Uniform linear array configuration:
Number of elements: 4
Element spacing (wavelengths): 0.25
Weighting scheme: uniform
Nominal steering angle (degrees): -60
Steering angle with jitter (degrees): -60.164
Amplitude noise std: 0.05
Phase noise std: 0.05

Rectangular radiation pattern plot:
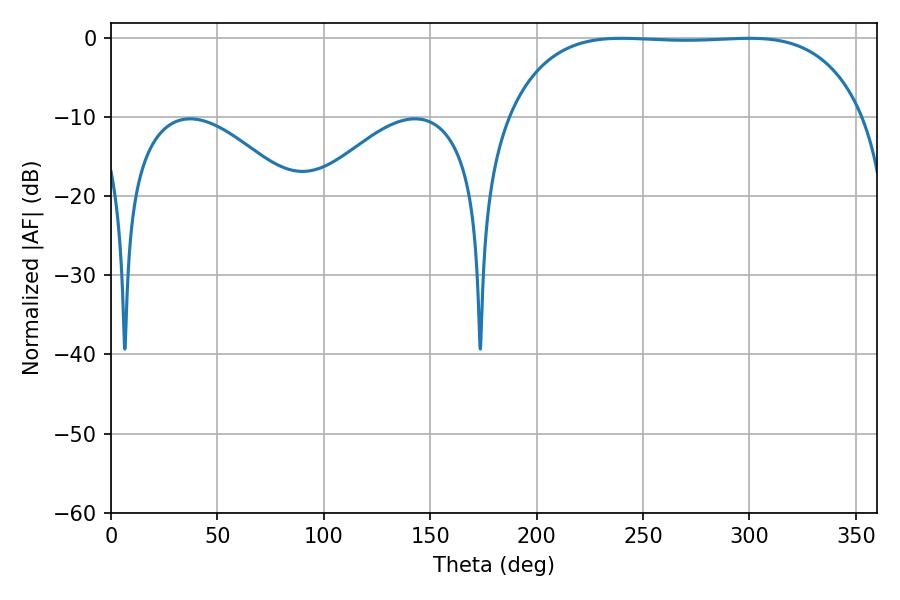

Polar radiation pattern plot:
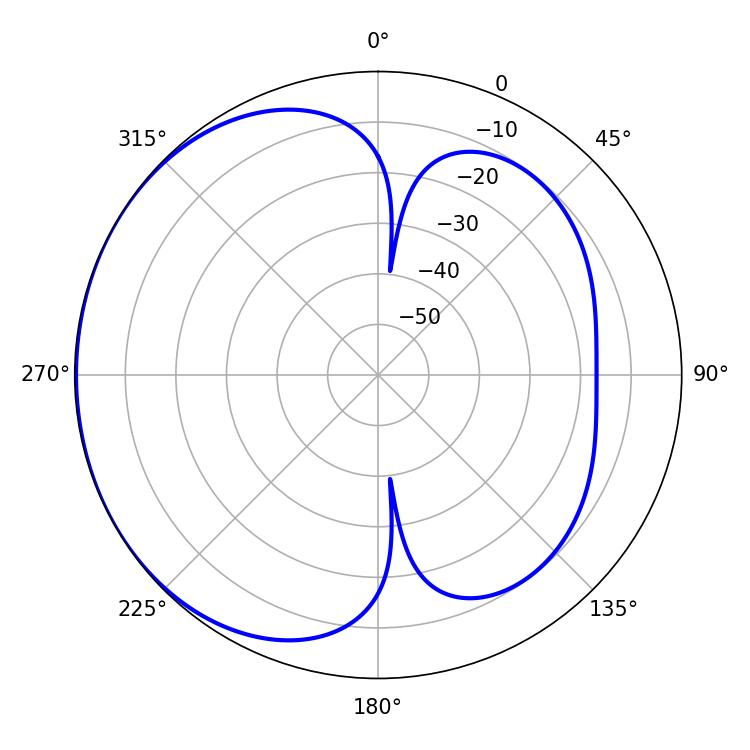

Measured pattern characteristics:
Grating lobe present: FALSE
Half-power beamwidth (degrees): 130.68
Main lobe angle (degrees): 239.94